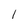
Character: 1